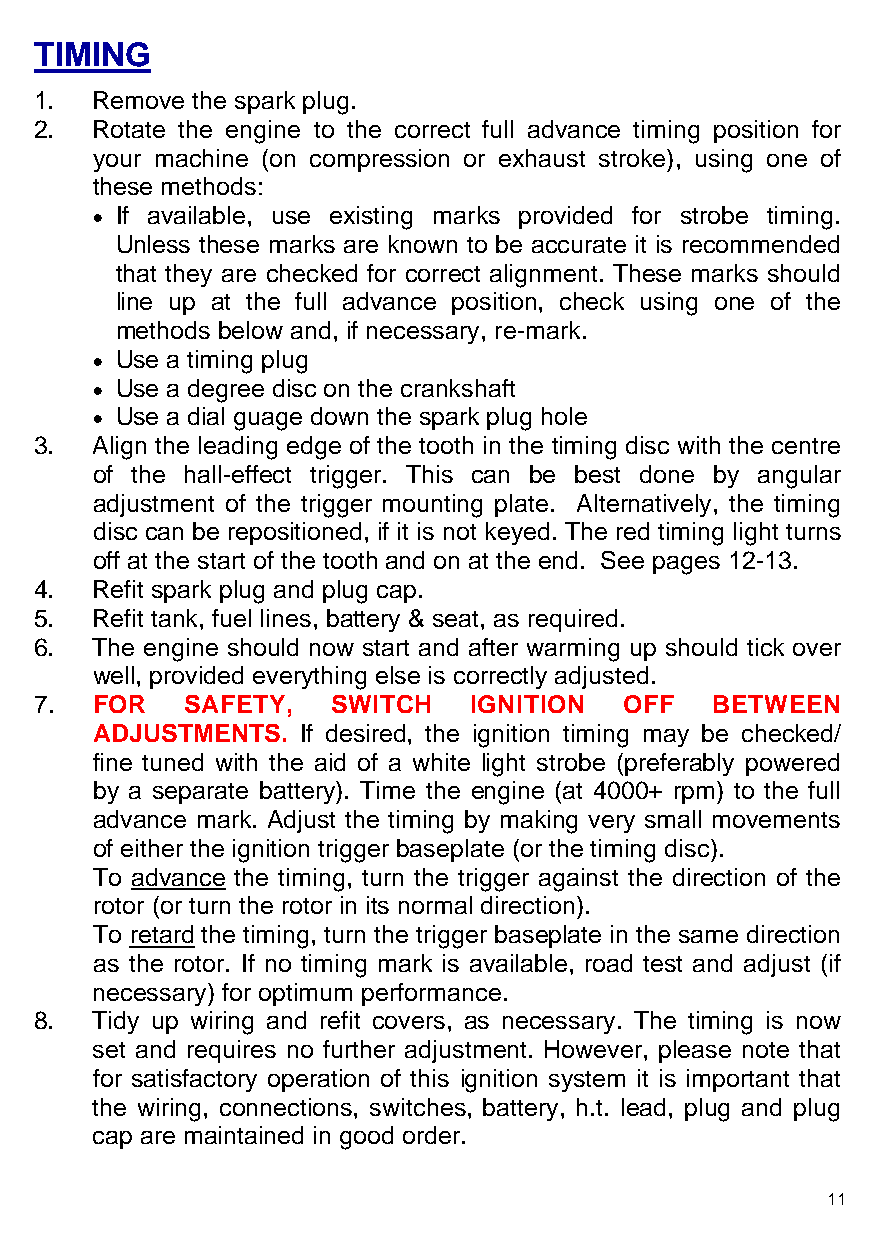
TIMING
 1.  Remove the spark plug.
 2.  Rotate the engine to the correct full advance timing position for
 your machine (on compression or exhaust stroke), using one of
 these methods:
 • If available, use existing marks provided for strobe timing.
 Unless these marks are known to be accurate it is recommended
 that they are checked for correct alignment. These marks should
 line up at the full advance position, check using one of the
 methods below and, if necessary, re-mark.
 • Use a timing plug
 • Use a degree disc on the crankshaft
 • Use a dial guage down the spark plug hole
 3.  Align the leading edge of the tooth in the timing disc with the centre
 of the hall-effect trigger. This can be best done by angular
 adjustment of the trigger mounting plate. Alternatively, the timing
 disc can be repositioned, if it is not keyed. The red timing light turns
 off at the start of the tooth and on at the end. See pages 12-13.
 4.  Refit spark plug and plug cap.
 5.  Refit tank, fuel lines, battery & seat, as required.
 6.  The engine should now start and after warming up should tick over
 well, provided everything else is correctly adjusted.
 7.  FOR   SAFETY,   SWITCH   IGNITION  OFF   BETWEEN
 ADJUSTMENTS.  If desired, the ignition timing may be checked/
 fine tuned with the aid of a white light strobe (preferably powered
 by a separate battery). Time the engine (at 4000+ rpm) to the full
 advance mark. Adjust the timing by making very small movements
 of either the ignition trigger baseplate (or the timing disc).
 To advance the timing, turn the trigger against the direction of the
 rotor (or turn the rotor in its normal direction).
 To retard the timing, turn the trigger baseplate in the same direction
 as the rotor. If no timing mark is available, road test and adjust (if
 necessary) for optimum performance.
 8.  Tidy up wiring and refit covers, as necessary. The timing is now
 set and requires no further adjustment. However, please note that
 for satisfactory operation of this ignition system it is important that
 the wiring, connections, switches, battery, h.t. lead, plug and plug
 cap are maintained in good order.
 11